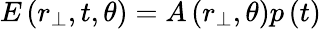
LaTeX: E\left(r_{\perp},t,\theta\right)=A\left(r_{\perp},\theta\right)p\left(t\right)